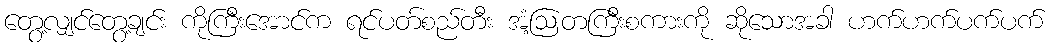
တွေ့လျှင်တွေ့ချင်း ကိုကြီးအောင်က ရင်ပတ်စည်တီး အံ့ဩတကြီးစကားကို ဆိုသောအခါ ဟက်ဟက်ပက်ပက်